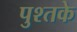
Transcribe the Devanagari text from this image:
पुश्तके